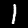
Digit: 1